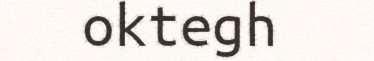
oktegh